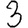
Digit: 3